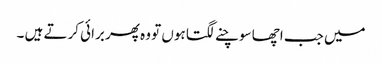
میں جب اچھا سوچنے لگتا ہوں تو وہ پھر برائی کرتے ہیں ۔